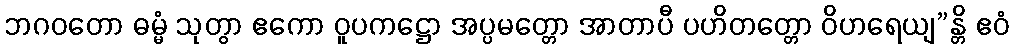
ဘဂဝတော ဓမ္မံ သုတွာ ဧကော ဝူပကဋ္ဌော အပ္ပမတ္တော အာတာပီ ပဟိတတ္တော ဝိဟရေယျ”န္တိ ဧဝံ